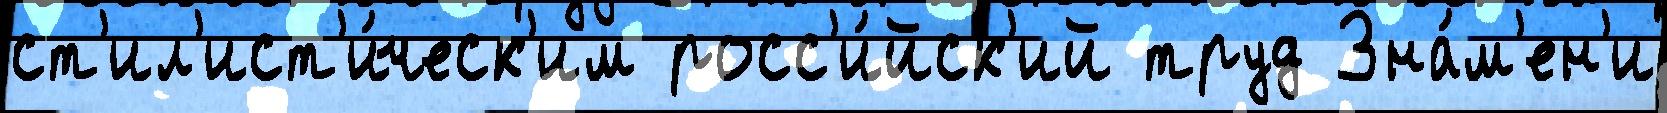
ст'ил'ист'и́ческ'им росс'и́йск'ий труд Зна́м'ен'и